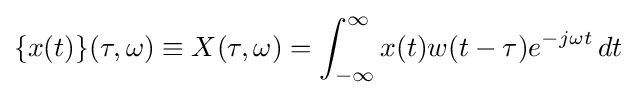
\{x(t)\}(\tau ,\omega )\equiv X(\tau ,\omega )=\int _{-\infty }^{\infty }x(t)w(t-\tau )e^{-j\omega t}\,dt